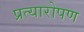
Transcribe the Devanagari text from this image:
प्रत्‍यारोपण